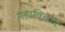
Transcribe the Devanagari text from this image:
महाविच्छेद